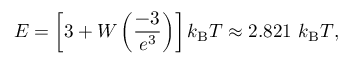
E = \left[ 3 + W \left( { \frac { - 3 } { e ^ { 3 } } } \right) \right] k _ { \mathrm { B } } T \approx 2 . 8 2 1 \ k _ { \mathrm { B } } T ,